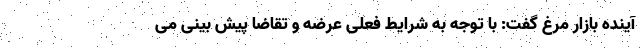
آینده بازار مرغ گفت: با توجه به شرایط فعلی عرضه و تقاضا پیش بینی می